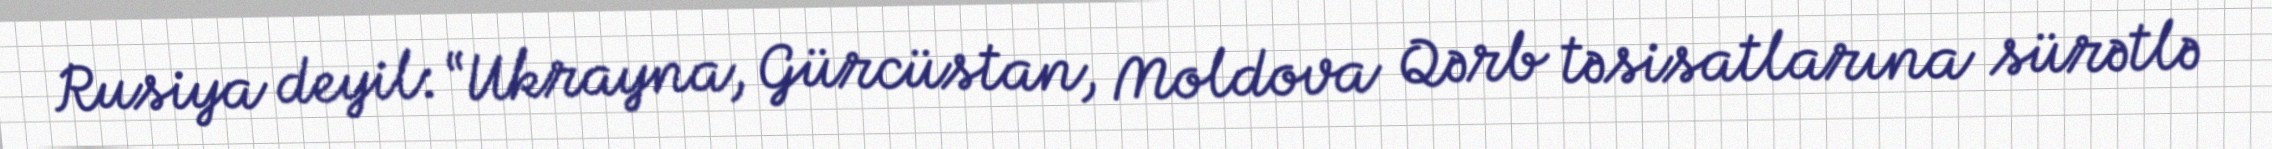
Rusiya deyil: “Ukrayna, Gürcüstan, Moldova Qərb təsisatlarına sürətlə